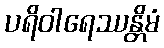
ပရိဝါရေဿန္တိမံ